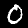
Digit: 0